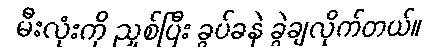
မီးလုံးကို ညှစ်ပြီး ခွပ်ခနဲ ခွဲချလိုက်တယ်။